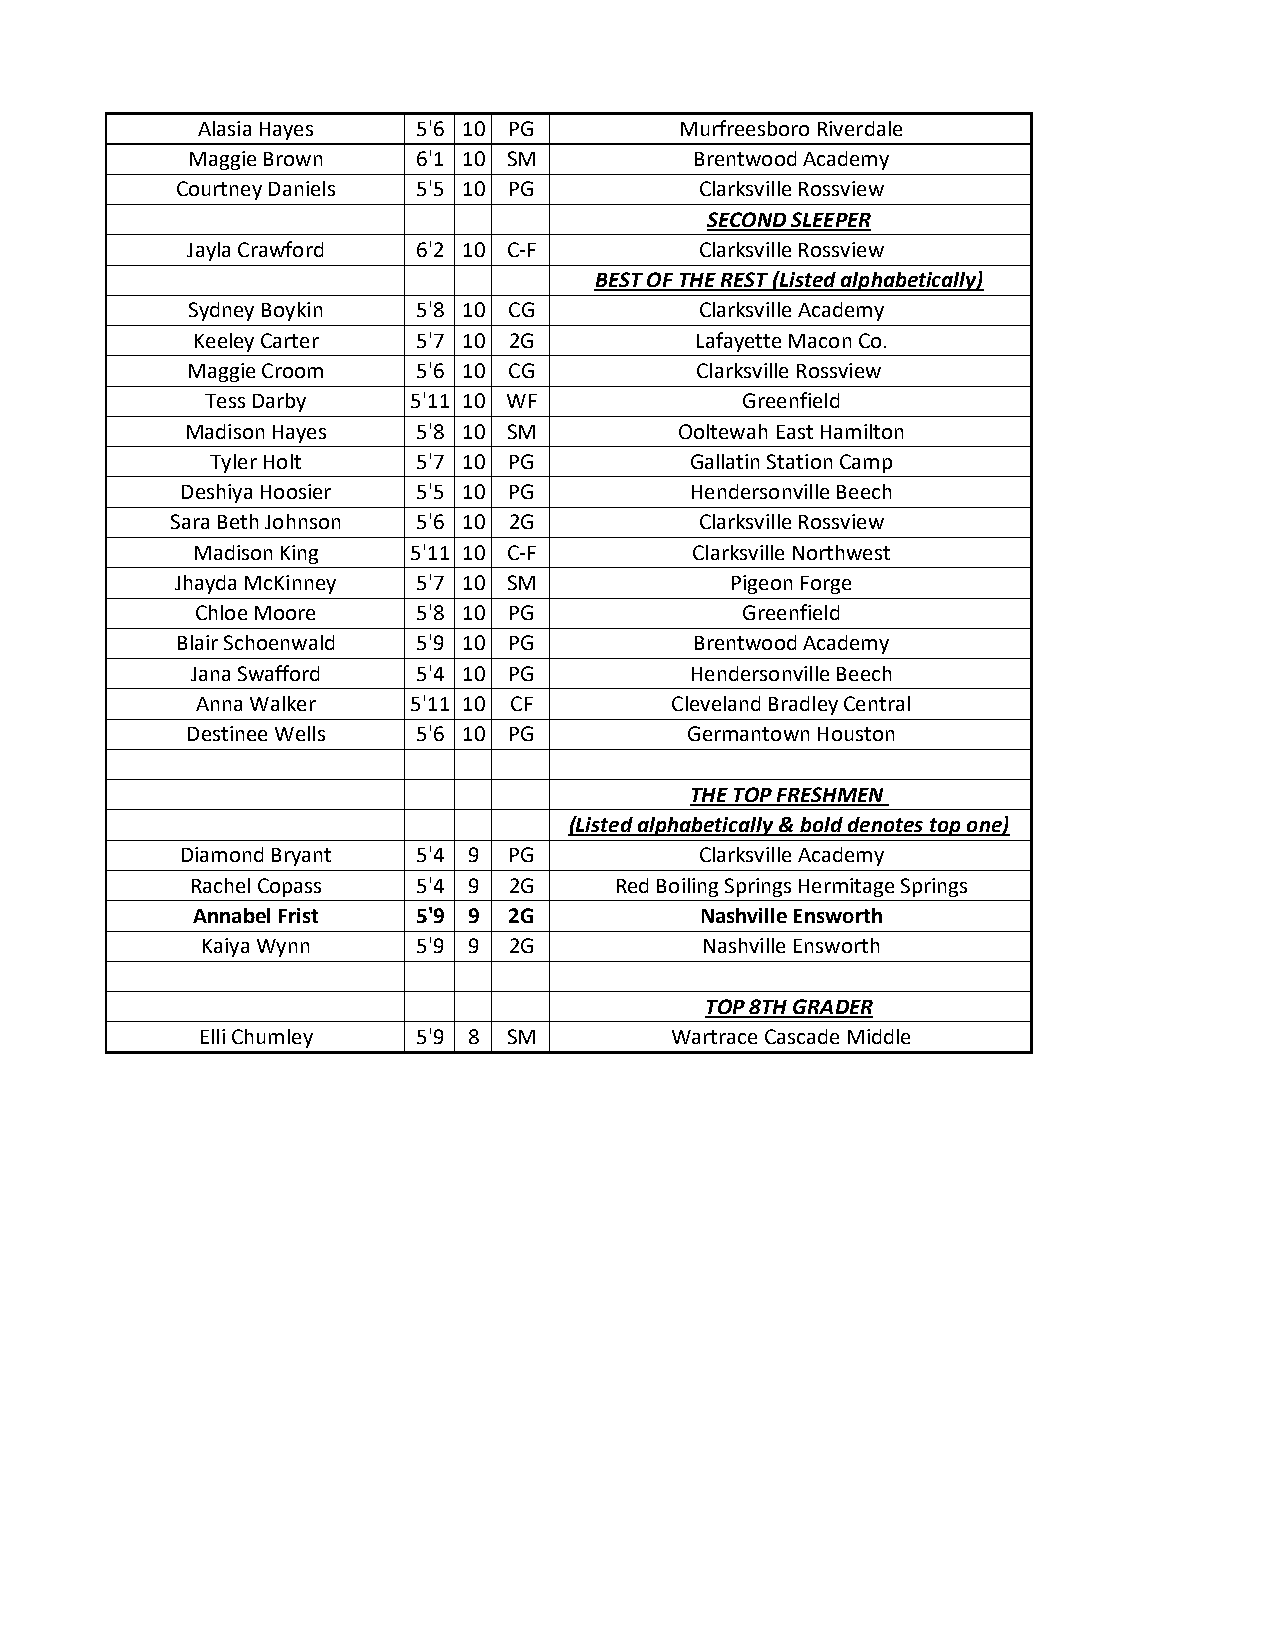
Alasia Hayes   5'6 10 PG        Murfreesboro Riverdale
 Maggie Brown    6'1 10 SM         Brentwood Academy
 Courtney Daniels 5'5 10 PG        Clarksville Rossview
 SECOND SLEEPER
 Jayla Crawford  6'2 10 C-F        Clarksville Rossview
 BEST OF THE REST (Listed alphabetically)
 Sydney Boykin   5'8 10 CG         Clarksville Academy
 Keeley Carter  5'7 10 2G         Lafayette Macon Co.
 Maggie Croom    5'6 10 CG         Clarksville Rossview
 Tess Darby   5'11 10 WF            Greenfield
 Madison Hayes   5'8 10 SM        Ooltewah East Hamilton
 Tyler Holt    5'7 10 PG         Gallatin Station Camp
 Deshiya Hoosier 5'5 10 PG         Hendersonville Beech
 Sara Beth Johnson 5'6 10 2G        Clarksville Rossview
 Madison King  5'11 10 C-F        Clarksville Northwest
 Jhayda McKinney 5'7 10 SM           Pigeon Forge
 Chloe Moore    5'8 10 PG            Greenfield
 Blair Schoenwald 5'9 10 PG        Brentwood Academy
 Jana Swafford  5'4 10 PG         Hendersonville Beech
 Anna Walker   5'11 10 CF       Cleveland Bradley Central
 Destinee Wells  5'6 10 PG        Germantown Houston
 THE TOP FRESHMEN
 (Listed alphabetically & bold denotes top one)
 Diamond Bryant  5'4 9 PG          Clarksville Academy
 Rachel Copass  5'4 9 2G     Red Boiling Springs Hermitage Springs
 Annabel Frist  5'9 9 2G          Nashville Ensworth
 Kaiya Wynn     5'9 9 2G          Nashville Ensworth
 TOP 8TH GRADER
 Elli Chumley   5'9 8 SM        Wartrace Cascade Middle